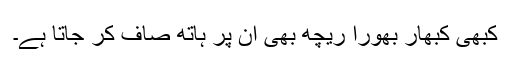
کبھی کبھار بھورا ریچھ بھی ان پر ہاتھ صاف کر جاتا ہے۔